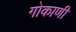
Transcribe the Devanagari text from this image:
गोकाणी